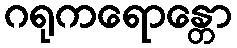
ဂရုကရောန္တော